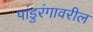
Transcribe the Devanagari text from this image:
पांडुरंगावरील